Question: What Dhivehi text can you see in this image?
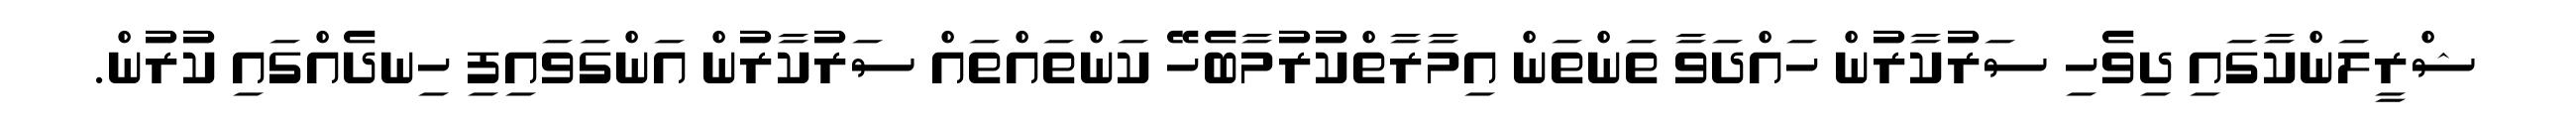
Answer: ޝްރީލަންކާގައި ދިވެހި ސަރުކާރުން ހައްދަވާ ތަންތަން އިމާރާތްކުރުމާބެހޭ ކަންތައްތައް ސަރުކާރުން އަންގަވައިފި ހިނދެއްގައި ކުރުން.